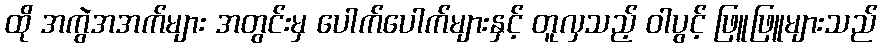
ထို အကွဲအအက်များ အတွင်းမှ ပေါက်ပေါက်များနှင့် တူလှသည့် ဝါပွင့် ဖြူဖြူများသည်